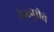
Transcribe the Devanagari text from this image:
भेळपुरीचे